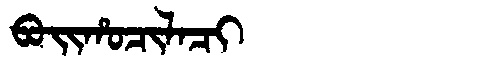
Manchu: ᠪᠣᡳᡥᠣᠴᡳᠯᠠᠴᡳ
Romanization: BOIHOCILACI